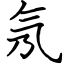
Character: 氖